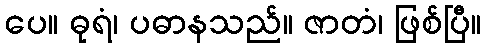
ပေ။ ဓုရံ၊ ပဓာနသည်။ ဇာတံ၊ ဖြစ်ပြီ။